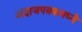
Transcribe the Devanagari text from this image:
अंदाजपत्रकमध्ये